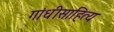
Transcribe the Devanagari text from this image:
गांधीसाहित्य